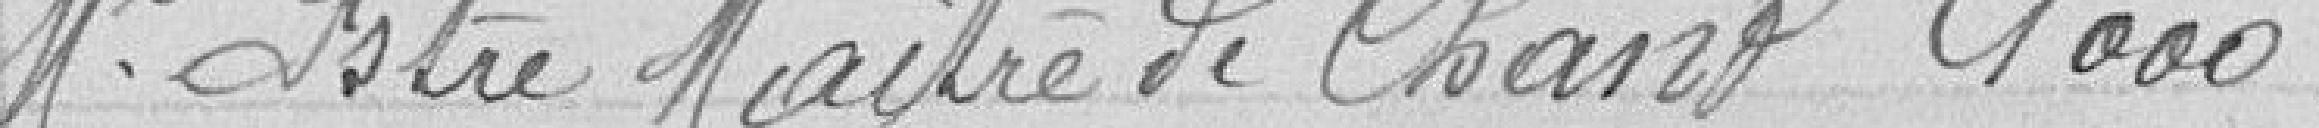
Monsieur Istre Maître de Chant  1000